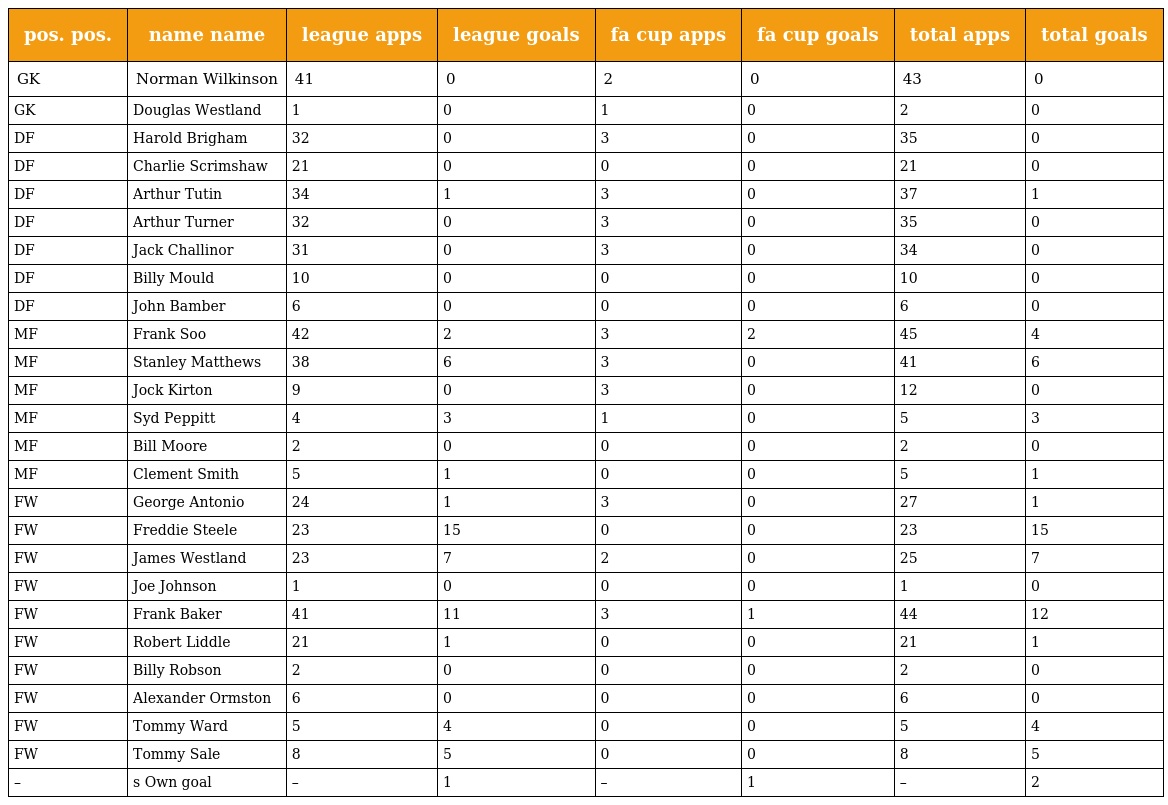
| pos. pos. | name name | league apps | league goals | fa cup apps | fa cup goals | total apps | total goals |
 | --- | --- | --- | --- | --- | --- | --- | --- |
 | GK | Norman Wilkinson | 41 | 0 | 2 | 0 | 43 | 0 |
 | GK | Douglas Westland | 1 | 0 | 1 | 0 | 2 | 0 |
 | DF | Harold Brigham | 32 | 0 | 3 | 0 | 35 | 0 |
 | DF | Charlie Scrimshaw | 21 | 0 | 0 | 0 | 21 | 0 |
 | DF | Arthur Tutin | 34 | 1 | 3 | 0 | 37 | 1 |
 | DF | Arthur Turner | 32 | 0 | 3 | 0 | 35 | 0 |
 | DF | Jack Challinor | 31 | 0 | 3 | 0 | 34 | 0 |
 | DF | Billy Mould | 10 | 0 | 0 | 0 | 10 | 0 |
 | DF | John Bamber | 6 | 0 | 0 | 0 | 6 | 0 |
 | MF | Frank Soo | 42 | 2 | 3 | 2 | 45 | 4 |
 | MF | Stanley Matthews | 38 | 6 | 3 | 0 | 41 | 6 |
 | MF | Jock Kirton | 9 | 0 | 3 | 0 | 12 | 0 |
 | MF | Syd Peppitt | 4 | 3 | 1 | 0 | 5 | 3 |
 | MF | Bill Moore | 2 | 0 | 0 | 0 | 2 | 0 |
 | MF | Clement Smith | 5 | 1 | 0 | 0 | 5 | 1 |
 | FW | George Antonio | 24 | 1 | 3 | 0 | 27 | 1 |
 | FW | Freddie Steele | 23 | 15 | 0 | 0 | 23 | 15 |
 | FW | James Westland | 23 | 7 | 2 | 0 | 25 | 7 |
 | FW | Joe Johnson | 1 | 0 | 0 | 0 | 1 | 0 |
 | FW | Frank Baker | 41 | 11 | 3 | 1 | 44 | 12 |
 | FW | Robert Liddle | 21 | 1 | 0 | 0 | 21 | 1 |
 | FW | Billy Robson | 2 | 0 | 0 | 0 | 2 | 0 |
 | FW | Alexander Ormston | 6 | 0 | 0 | 0 | 6 | 0 |
 | FW | Tommy Ward | 5 | 4 | 0 | 0 | 5 | 4 |
 | FW | Tommy Sale | 8 | 5 | 0 | 0 | 8 | 5 |
 | – | s Own goal | – | 1 | – | 1 | – | 2 |